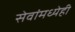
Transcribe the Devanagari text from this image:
सेवांमध्येही